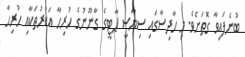
ބުނެފައިވާ ގޮތަށެވެ. މި ހާދިސާގައި ސިޔާސީ ޕާޓީގެ ގާނޫނުގެ ހުރިހާ އަކުރުތަކާއި ހުރިހާ